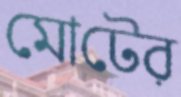
মোটের